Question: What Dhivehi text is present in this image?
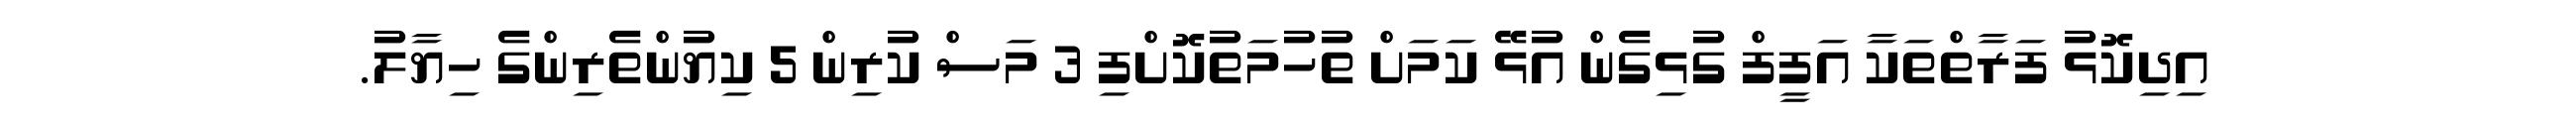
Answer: އިދިކޮޅު ފަރާތްތަކާ އަފީފް ގުޅިގެން އުޅޭ ކަމަށް ތުހުމަތުކޮށްފި 3 މަސް ކުރިން 5 ކިޔުންތެރިންގެ ހިޔާލު.